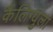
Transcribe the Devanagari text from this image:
कैलिग्युला